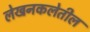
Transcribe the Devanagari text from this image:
लेखनकलेतील